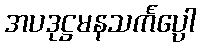
အပဒုဋ္ဌမနသင်္ကပ္ပေါ